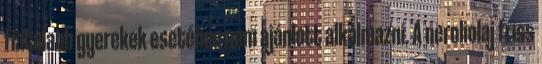
fiatalabb gyerekek esetében nem ajánlott alkalmazni. A neroliolaj friss